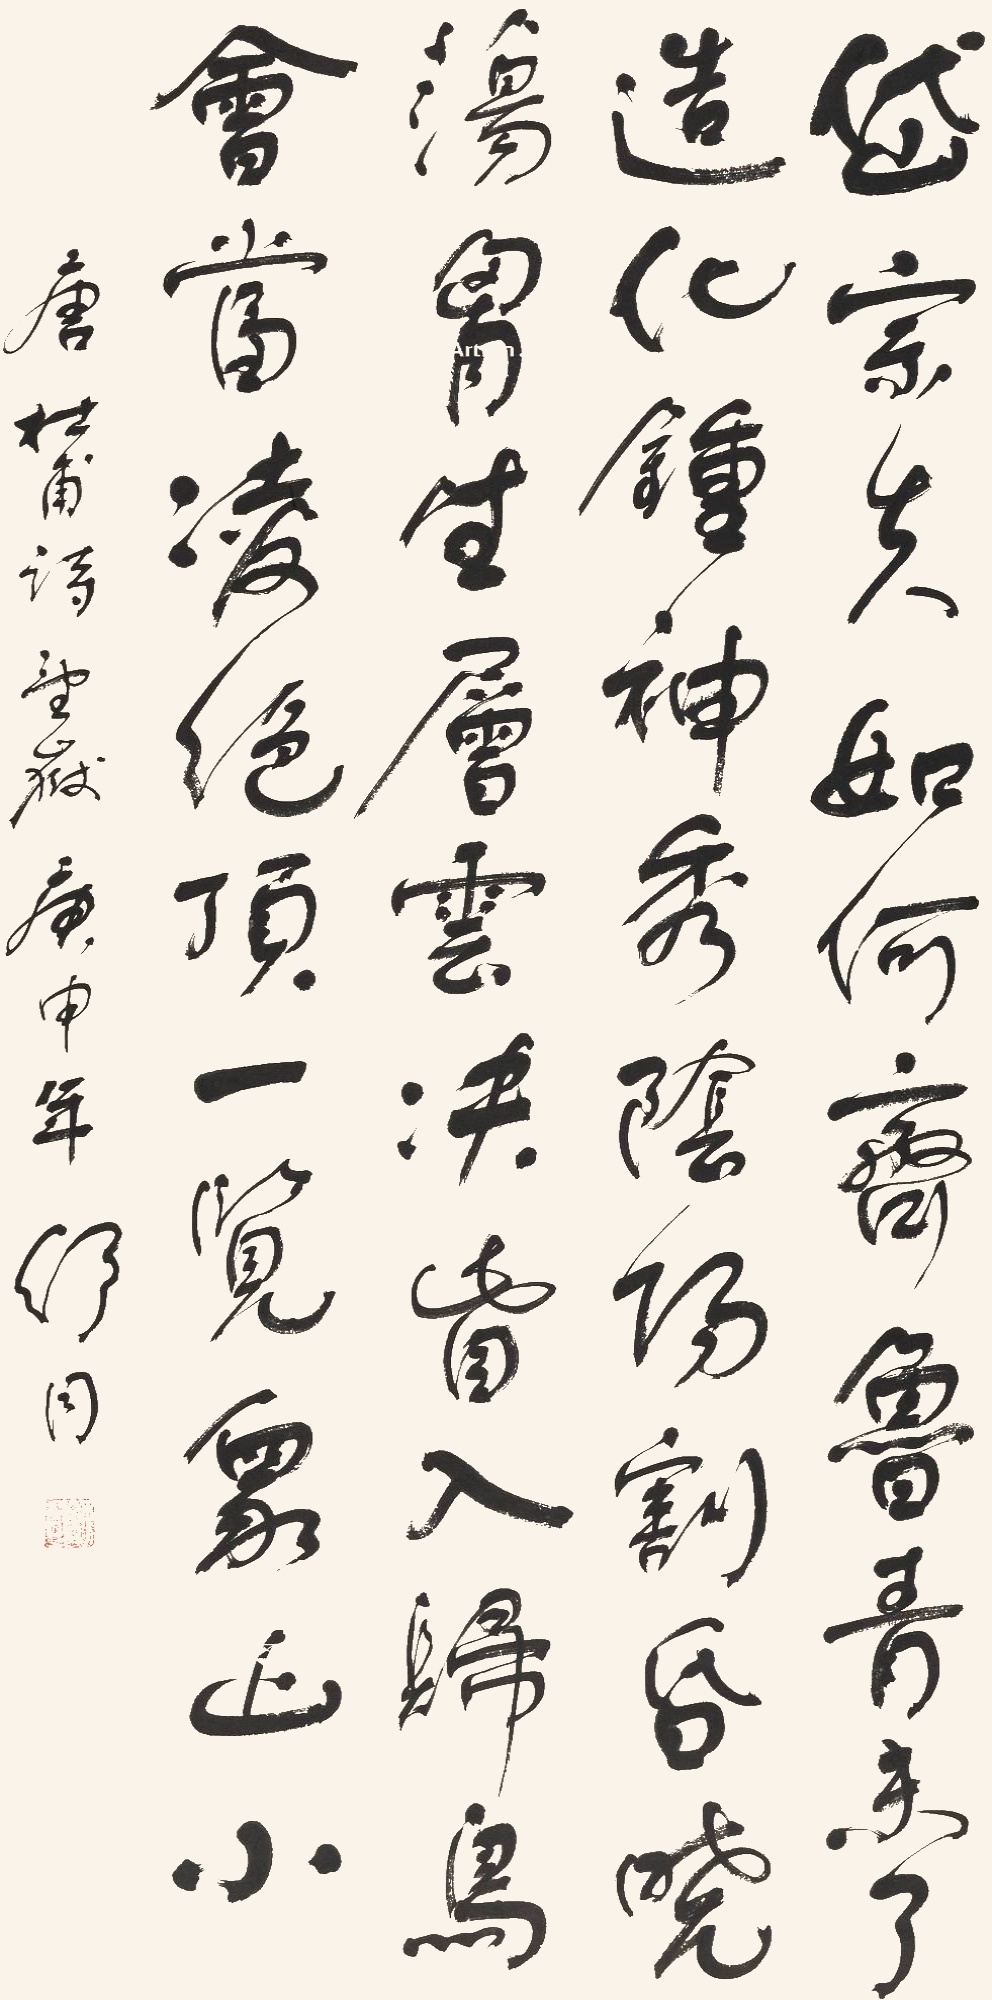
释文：岱宗夫如何？齐鲁青未了。造化钟神秀，阴阳割昏晓。荡胸生层云，决眦入归鸟。会当凌绝顶，一览众山小。唐杜甫诗望岳，庚申年舒同。